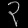
Digit: ၃